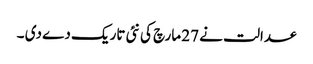
عدالت نے 27 مارچ کی نئی تاریک دے دی ۔